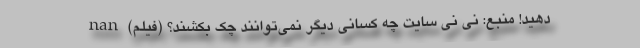
دهید! منبع: نی نی سایت چه کسانی دیگر نمی‌توانند چک بکشند؟ (فیلم) nan